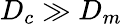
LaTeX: D_{c}\gg D_{m}